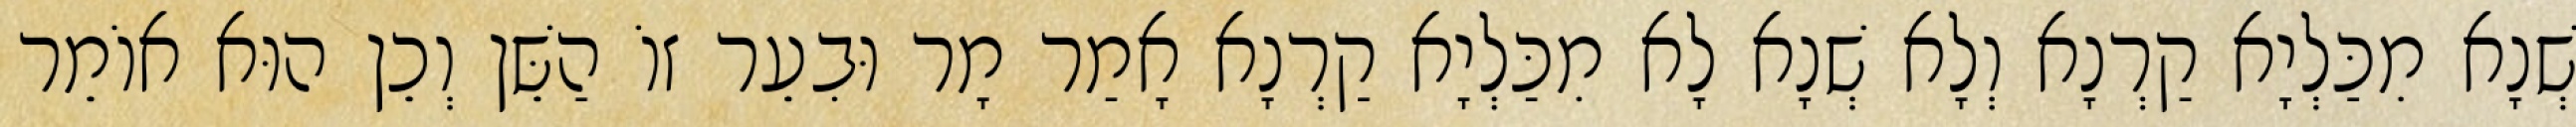
שְׁנָא מִכַּלְיָא קַרְנָא וְלָא שְׁנָא לָא מִכַּלְיָא קַרְנָא אָמַר מָר וּבִעֵר זוֹ הַשֵּׁן וְכֵן הוּא אוֹמֵר